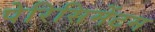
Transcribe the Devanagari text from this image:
पेरिसिमेंटम